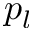
p _ { l }